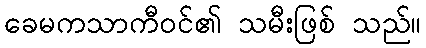
ခေမကသာကီဝင်၏ သမီးဖြစ် သည်။